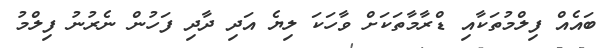
ބައެއް ފިލްމުތަކާއި ޑްރާމާތަކަށް ވާހަކަ ލިޔެ އަދި ދާދި ފަހުން ނެރުނު ފިލްމު